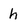
Character: h